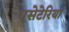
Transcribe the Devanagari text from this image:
एसेटेरिया